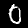
Digit: 0